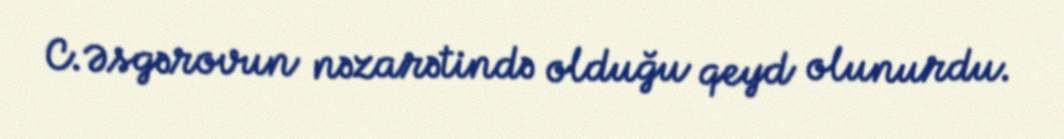
C.Əsgərovun nəzarətində olduğu qeyd olunurdu.